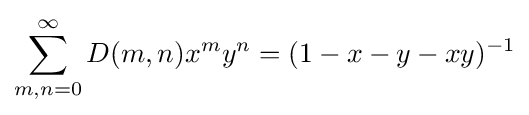
\sum _{m,n=0}^{\infty }D(m,n)x^{m}y^{n}=(1-x-y-xy)^{-1}